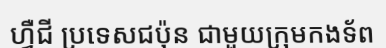
ហ្វឺជី ប្រទេសជប៉ុន ជាមួយក្រុមកងទ័ព